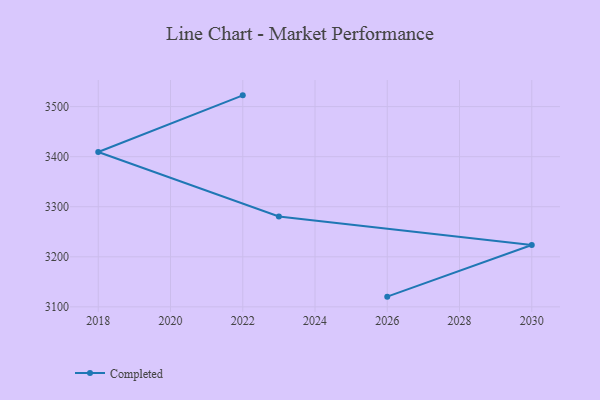
{"axis": {"x": "Year", "y": "Market Share (%)"}, "legend": ["Completed"], "data": [{"x": "2022", "y": 3522.5, "type": "Completed"}, {"x": "2018", "y": 3409.3, "type": "Completed"}, {"x": "2023", "y": 3280.6, "type": "Completed"}, {"x": "2030", "y": 3223.5, "type": "Completed"}, {"x": "2026", "y": 3120.4, "type": "Completed"}]}